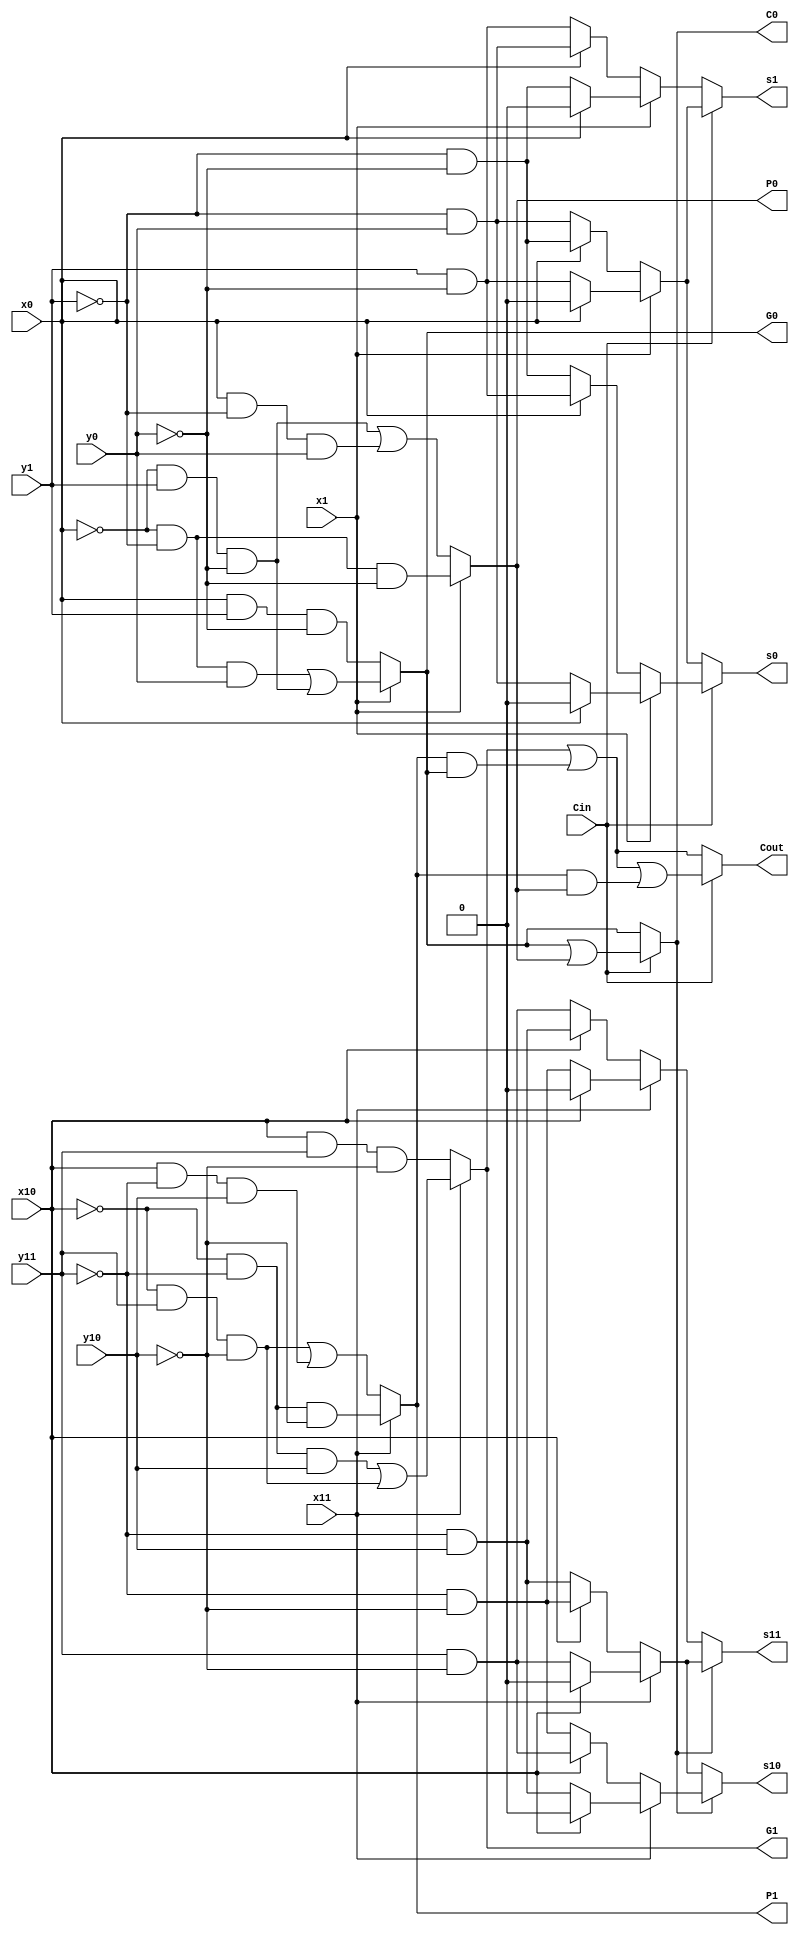
module ternaddmux(x1, x0, x11, x10, y1, y0, y11, y10, s1, s0, s11, s10, Cin, Cout, G0, P0, G1, P1, C0);
input x1, x0, x11, x10, y1, y0, y10, y11, Cin;
output reg s1, s0, s11, s10, Cout, G0, P0, G1, P1, C0;

always @ (x1, x0, x11, x10, Cin) 
	/*calculate G0 and P0*/
	begin
		if (x1 == 0)
			begin
				G0 = x0 & y1 & ~y0;
				P0 = (~x0 & y1 & ~y0) | (x0 & ~y1 & y0);
			end
		else
			begin
				G0 = (~x0 & ~y1 & y0) | (~x0 & y1 &~y0);
				P0 = ~x0 & ~y1 & ~y0;
			end
	/*calculate G1 and P1*/
		if (x11 == 0)
			begin
				G1 = x10 & y11 & ~y10;
				P1 =(~x10 & y11 & ~y10) | (x10 & ~y11 & y10);
			end
		else
			begin
				G1 = (~x10 & ~y11 & y10) | (~x10 & y11 &~y10);
				P1 = ~x10 & ~y11 & ~y10;
			end
	/*calculate C0*/
		if (Cin == 1)
			begin
			C0 = G0 | P0;
			end
		else
			begin
			C0 = G0;
			end
	/*calculate Cout*/
		if (Cin == 1)
			begin
			Cout = G1 | P1 & G0 | P1 & P0;
			end
		else
			begin
			Cout = G1 | P1 & G0;
			end
	/*calculate S0*/
		if (Cin == 1)
			begin
				if (x1 == 1)
					begin
						if (x0 == 0)
							s0 = ~y1 & y0;
						else
							s0 = 0;
					end
				else
					begin
						if (x0 == 1)
							s0 = y1 & ~y0;
						else
							s0 = ~y1 & ~y0;
					end
			end
		else
			begin
				if (x1 == 1)
					begin
						if (x0 == 0)
							s0 = y1 & ~y0;
						else
							s0 = 0;
					end
				else
					begin
						if (x0 == 1)
							s0 = ~y1 & ~y0;
						else
							s0 = ~y1 & y0;
					end
			end
	/*calculate S1*/
		if (Cin == 1)
			begin
			if (x1 == 1)
				begin
					if (x0 == 0)
						s1 = y1 & ~y0;
					else
						s1 = 0;
				end
			else
				begin
					if (x0 == 1)
						s1 = ~y1 & ~y0;
					else
						s1 = ~y1 & y0;
				end
			end
		else
			begin
			if (x1 == 1)
				begin
				if (x0 == 0)
					s1 = ~y1 & ~y0;
				else
					s1 = 0;
				end
			else
				begin
				if (x0 == 1)
					s1 = ~y1 & y0;
				else
					s1 = y1 & ~y0;
				end
			end
	/*calculate S10*/
		if (C0 == 1)
			begin
				if (x11 == 1)
					begin
						if (x10 == 0)
							s10 = ~y11 & y10;
						else
							s10 = 0;
					end
				else
					begin
						if (x10 == 1)
							s10 = y11 & ~y10;
						else
							s10 = ~y11 & ~y10;
					end
			end
		else
			begin
				if (x11 == 1)
					begin
						if (x10 == 0)
							s10 = y11 & ~y10;
						else
							s10 = 0;
					end
				else
					begin
						if (x10 == 1)
							s10 = ~y11 & ~y10;
						else
							s10 = ~y11 & y10;
					end
			end
	/*calculate S11*/
	if (C0 == 1)
		begin
			if (x11 == 1)
				begin
					if (x10 == 0)
						s11 = y11 & ~y10;
					else
						s11 = 0;
				end
			else
				begin
					if (x10 == 1)
						s11 = ~y11 & ~y10;
					else
						s11 = ~y11 & y10;
				end
		end
	else
		begin
			if (x11 == 1)
				begin
					if (x10 == 0)
						s11 = ~y11 & ~y10;
					else
						s11 = 0;
				end
			else
				begin
					if (x10 == 1)
						s11 = ~y11 & y10;
					else
						s11 = y11 & ~y10;
				end
		end
	end
endmodule